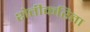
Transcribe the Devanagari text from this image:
शेतीकरिता